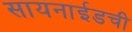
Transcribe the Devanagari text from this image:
सायनाईडची